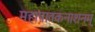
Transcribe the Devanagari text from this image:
महापातकनाशनम्‌